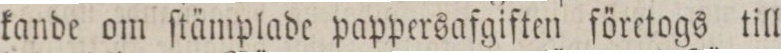
kande om ſtämplade pappersafgiften företogs till